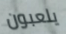
يلعبون